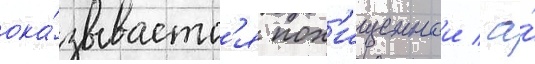
ока́зываетс'я пох'ищеннои / а́